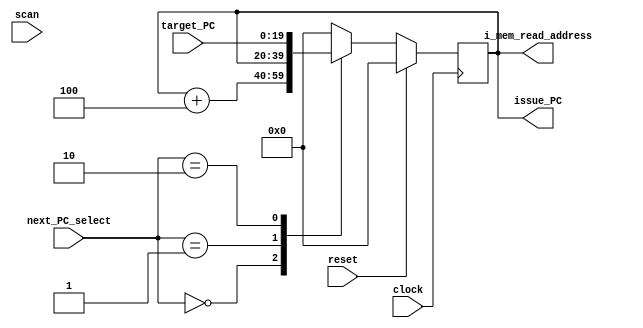
/** @module : fetch_issue
 *  @author : Adaptive & Secure Computing Systems (ASCS) Laboratory

 *  Copyright (c) 2021 STAM Center (ASCS Lab/CAES Lab/STAM Center/ASU)
 *  Permission is hereby granted, free of charge, to any person obtaining a copy
 *  of this software and associated documentation files (the "Software"), to deal
 *  in the Software without restriction, including without limitation the rights
 *  to use, copy, modify, merge, publish, distribute, sublicense, and/or sell
 *  copies of the Software, and to permit persons to whom the Software is
 *  furnished to do so, subject to the following conditions:
 *  The above copyright notice and this permission notice shall be included in
 *  all copies or substantial portions of the Software.

 *  THE SOFTWARE IS PROVIDED "AS IS", WITHOUT WARRANTY OF ANY KIND, EXPRESS OR
 *  IMPLIED, INCLUDING BUT NOT LIMITED TO THE WARRANTIES OF MERCHANTABILITY,
 *  FITNESS FOR A PARTICULAR PURPOSE AND NONINFRINGEMENT. IN NO EVENT SHALL THE
 *  AUTHORS OR COPYRIGHT HOLDERS BE LIABLE FOR ANY CLAIM, DAMAGES OR OTHER
 *  LIABILITY, WHETHER IN AN ACTION OF CONTRACT, TORT OR OTHERWISE, ARISING FROM,
 *  OUT OF OR IN CONNECTION WITH THE SOFTWARE OR THE USE OR OTHER DEALINGS IN
 *  THE SOFTWARE.
 */

module fetch_issue #(
  parameter CORE            =    0,
  parameter RESET_PC        =    0,
  parameter ADDRESS_BITS    =   20,
  parameter SCAN_CYCLES_MIN =    1,
  parameter SCAN_CYCLES_MAX = 1000
) (
  input  clock,
  input  reset,
  // Control signals
  input  [1:0] next_PC_select,
  input  [ADDRESS_BITS-1:0] target_PC,
  // Interface to fetch receive
  output [ADDRESS_BITS-1:0] issue_PC,
  // instruction cache interface
  output [ADDRESS_BITS-1:0] i_mem_read_address,
  // Scan signal
  input scan
);

reg [ADDRESS_BITS-1:0] PC_reg;

// Assign Outputs
assign issue_PC           = PC_reg;
assign i_mem_read_address = PC_reg;


always @(posedge clock)begin
  if(reset)begin
    PC_reg      <= RESET_PC;
  end
  else begin
    case(next_PC_select)
      2'b00  : PC_reg <= PC_reg + 4;
      2'b01  : PC_reg <= PC_reg;
      2'b10  : PC_reg <= target_PC;
      default: PC_reg <= {ADDRESS_BITS{1'b0}};
    endcase
  end
end

endmodule

/**** next_PC_select encoding ****
* 2'b00: Increment PC (PC = PC  +  4 )
* 2'b01: Stall        (PC =   PC     )
* 2'b10: Jump/branch  (PC = target_PC)
*************************************/